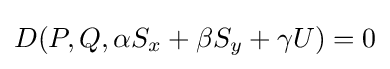
D(P,Q,\alpha S_{x}+\beta S_{y}+\gamma U)=0